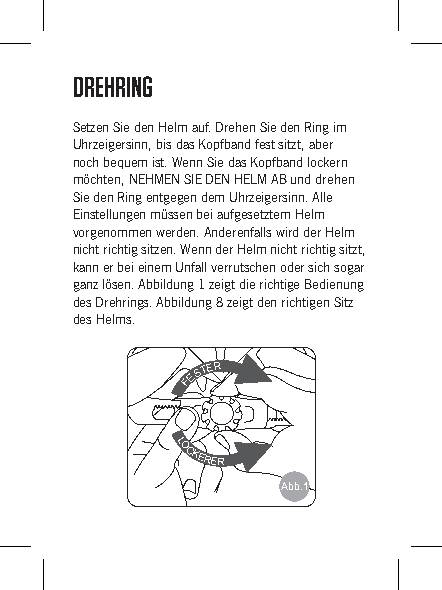
DREHRING
 Setzen Sie den Helm auf. Drehen Sie den Ring im
 Uhrzeigersinn, bis das Kopfband fest sitzt, aber
 noch bequem ist. Wenn Sie das Kopfband lockern
 möchten, NEHMEN SIE DEN HELM AB und drehen
 Sie den Ring entgegen dem Uhrzeigersinn. Alle
 Einstellungen müssen bei aufgesetztem Helm
 vorgenommen werden. Anderenfalls wird der Helm
 nicht richtig sitzen. Wenn der Helm nicht richtig sitzt,
 kann er bei einem Unfall verrutschen oder sich sogar
 ganz lösen. Abbildung 1 zeigt die richtige Bedienung
 des Drehrings. Abbildung 8 zeigt den richtigen Sitz
 des Helms.
 FESTER
 LOCKERER
 Abb. 1